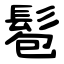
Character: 髱